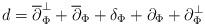
LaTeX: \begin{align*}d=\overline\partial_\Phi^\perp + \overline\partial_\Phi+ \delta_\Phi+\partial_\Phi+\partial_\Phi^\perp \end{align*}